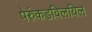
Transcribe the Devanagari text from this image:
पेरुंकडविलयिल